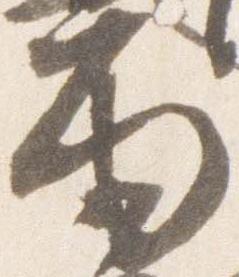
雨